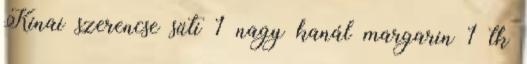
Kínai szerencse süti 1 nagy kanál margarin 1 tk